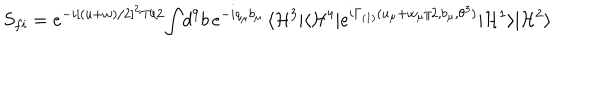
S _ { f i } = e ^ { - i [ ( u + w ) / 2 ] ^ { 2 } T / 2 } \! \int \! d ^ { 9 } b \, e ^ { - i q _ { \mu } b _ { \mu } } \, \langle { \cal H } ^ { 3 } | \langle { \cal H } ^ { 4 } | e ^ { i \Gamma _ { \mathrm { ( 1 ) } } ( u _ { \mu } + w _ { \mu } / 2 , b _ { \mu } , \theta ^ { 3 } ) } | { \cal H } ^ { 1 } \rangle | { \cal H } ^ { 2 } \rangle